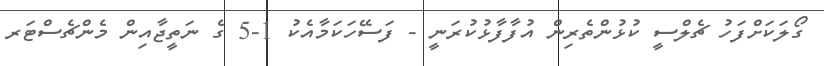
ގޯލަކަށްފަހު ޗެލްސީ ކުޅުންތެރިން އުފާފާޅުކުރަނީ - ފަސޭހަކަމާއެކު 1-5 ގެ ނަތީޖާއިން މެންޗެސްޓަރ